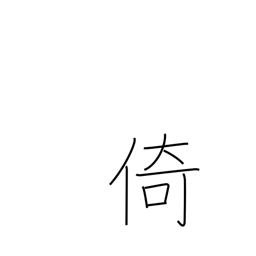
Meaning: lean on